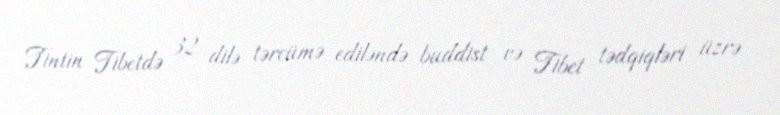
Tintin Tibetdə 32 dilə tərcümə ediləndə buddist və Tibet tədqiqləri üzrə